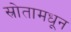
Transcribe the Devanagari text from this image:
स्रोतामधून